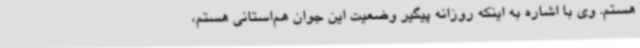
هستم. وی با اشاره به اینکه روزانه پیگیر وضعیت این جوان هم‌استانی هستم،